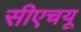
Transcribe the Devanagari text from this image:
सीएचयू